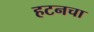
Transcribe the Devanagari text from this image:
हटनचा